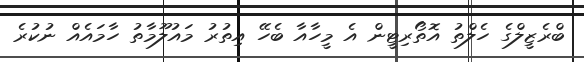
ބްރެޒީލްގެ ހެލްތު އޮތޯރިޓީން އެ މީހާއާ ބެހޭ އިތުރު މައުލޫމާތު ހާމައެއް ނުކުރެ